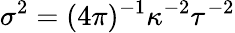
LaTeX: \sigma^{2}=(4\pi)^{-1}\kappa^{-2}\tau^{-2}